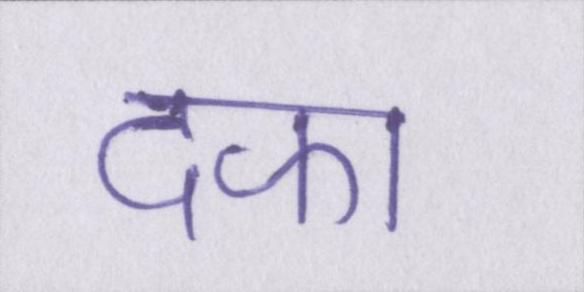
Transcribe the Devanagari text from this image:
दफा